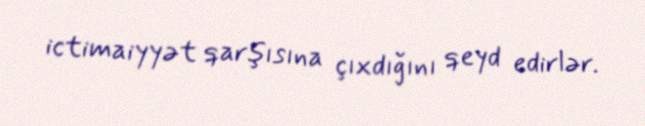
ictimaiyyət qarşısına çıxdığını qeyd edirlər.